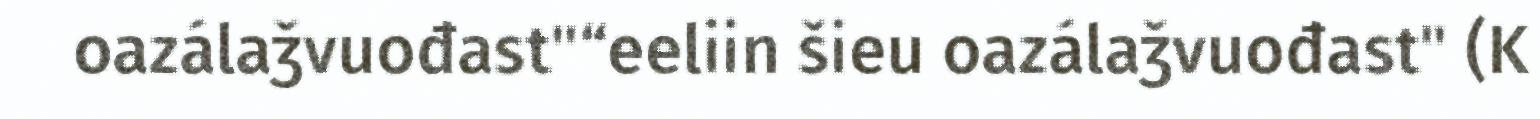
oazálaǯvuođast"“eeliin šieu oazálaǯvuođast" (K